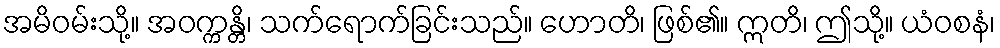
အမိဝမ်းသို့။ အဝက္ကန္တိ၊ သက်ရောက်ခြင်းသည်။ ဟောတိ၊ ဖြစ်၏။ ဣတိ၊ ဤသို့။ ယံဝစနံ၊